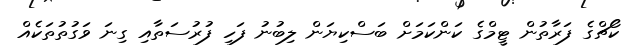
ކޯޗްގެ ފަރާތުން ޓީމްގެ ކަންކަމަށް ބަސްކިޔަން ލިބުނު ފަހި ފުރުސަތާއި ގިނަ ވަގުތުތަކެއް